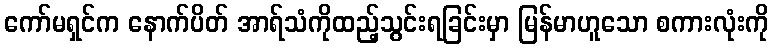
ကော်မရှင်က နောက်ပိတ် အာရ်သံကိုထည့်သွင်းရခြင်းမှာ မြန်မာဟူသော စကားလုံးကို